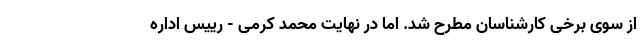
از سوی برخی کارشناسان مطرح شد. اما در نهایت محمد کرمی - رییس اداره